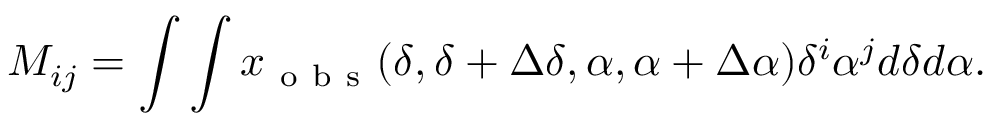
M _ { i j } = \int \int x _ { \mathrm { ~ o ~ b ~ s ~ } } ( \delta , \delta + \Delta \delta , \alpha , \alpha + \Delta \alpha ) \delta ^ { i } \alpha ^ { j } d \delta d \alpha .